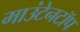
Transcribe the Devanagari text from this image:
माउंटेनटॉप